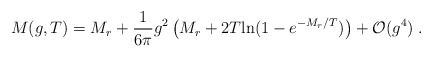
\begin{align*}M(g,T) =M_r+\frac{1}{6\pi}g^2\left(M_r + 2T{\rm ln}(1 - e^{-M_r/T})\right) + {\cal O}(g^4)\;.\end{align*}